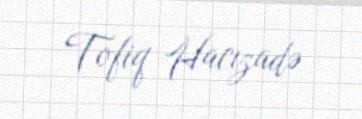
Tofiq Hacızadə